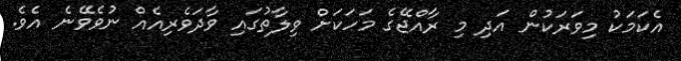
އެކަމަކު މިވަރަކުން އަދި މި ރާއްޖޭގެ މަހަކަށް ވިލާތުގައި ވާދަވެރިއެއް ނުވެވޭނެ އެވެ.